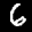
Label: 6